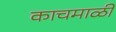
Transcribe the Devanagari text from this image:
काचमाळी